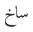
ساخ